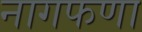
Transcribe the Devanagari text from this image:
नागफणा